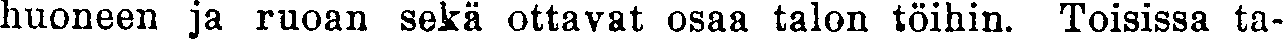
huoneen ja ruoan sekä ottavat osaa talon töihin. Toisissa ta-